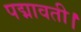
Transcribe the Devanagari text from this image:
पद्मावती।